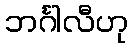
ဘင်္ဂါလီဟု